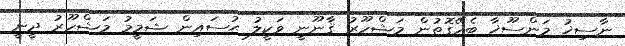
ނާސިޚު މަންސޫޚާ ބެހޭގޮތުން މަޝްހޫރު ޤާނޫނީ ވަކީލު ޙުސައިން ޝަމީމު މަޝްހޫރު ދީނީ